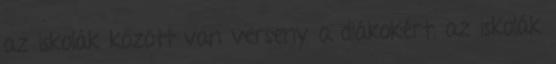
az iskolák között van verseny a diákokért, az iskolák